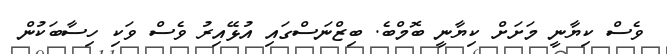
ވެސް ކިޔާނީ މަށަށް ކިޔާނީ ބޮމްބެ. ބިޒްނަސްގައި އުޅޭއިރު ވެސް ވަކި ހިސާބަކުން